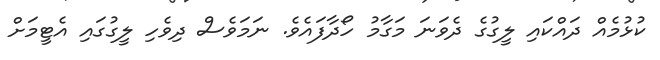
ކުޅުމެއް ދައްކައި ލީގުގެ ދެވަނަ މަގާމު ހޯދާފައެވެ. ނަމަވެސް ދިވެހި ލީގުގައި އެޓީމަށް